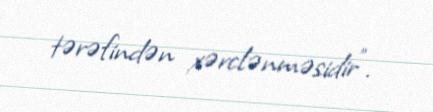
tərəfindən xərclənməsidir".